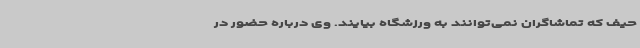
حیف که تماشاگران نمی‌توانند به ورزشگاه بیایند. وی درباره حضور در